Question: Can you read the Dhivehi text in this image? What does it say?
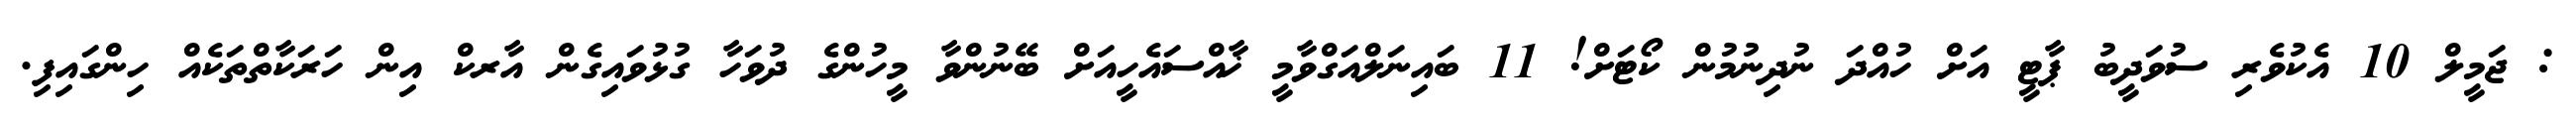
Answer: : ޖަމީލް 10 އެކުވެރި ސުވަދީބު ޕާޓީ އަށް ހުއްދަ ނުދިނުމުން ކޯޓަށް! 11 ބައިނަލްއަގްވާމީ ޚާއްސައެހީއަށް ބޭނުންވާ މީހުންގެ ދުވަހާ ގުޅުވައިގެން އާރކް އިން ހަރަކާތްތަކެއް ހިންގައިފި.